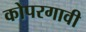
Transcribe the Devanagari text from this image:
कोपरगावी